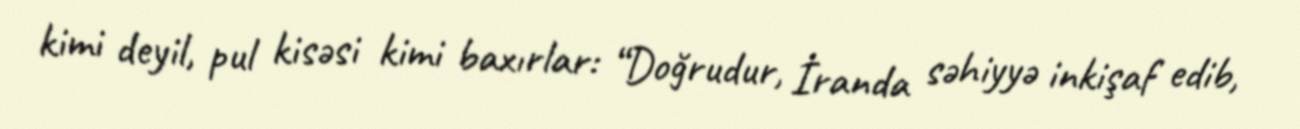
kimi deyil, pul kisəsi kimi baxırlar: “Doğrudur, İranda səhiyyə inkişaf edib,